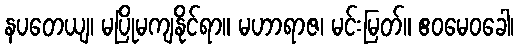
နပတေယျ၊ မပြိုမကျနိုင်ရာ။ မဟာရာဇ၊ မင်းမြတ်။ ဧဝမေဝခေါ၊